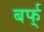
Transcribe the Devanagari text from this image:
बर्फ्